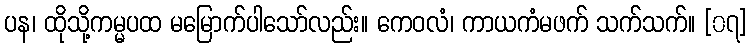
ပန၊ ထိုသို့ကမ္မပထ မမြောက်ပါသော်လည်း။ ကေဝလံ၊ ကာယကံမဖက် သက်သက်။ [၀၇]